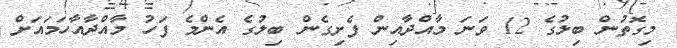
މިގޮތުން ބިލުގެ 12 ވަނަ މާއްދާއިން ފެށިގެން ބިލުގެ އެންމެ ފަހު މާއްދާއާހަމައަށް